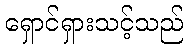
ရှောင်ရှားသင့်သည်